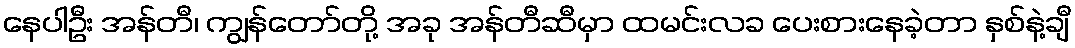
နေပါဦး အန်တီ၊ ကျွန်တော်တို့ အခု အန်တီဆီမှာ ထမင်းလခ ပေးစားနေခဲ့တာ နှစ်နဲ့ချီ